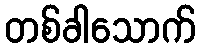
တစ်ခါသောက်